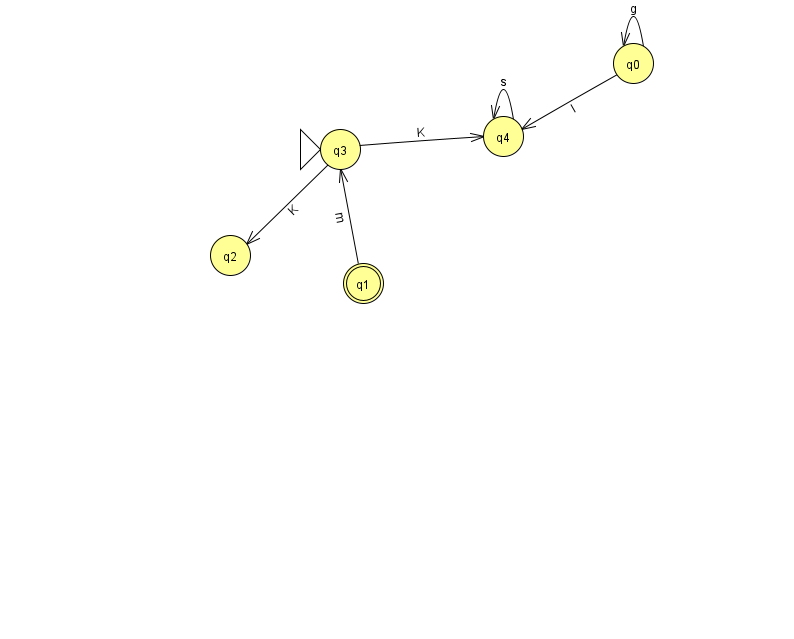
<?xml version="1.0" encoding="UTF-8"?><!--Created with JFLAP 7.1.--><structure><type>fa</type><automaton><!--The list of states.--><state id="0" name="q0"><x>633.0</x><y>50.0</y></state><state id="1" name="q1"><x>363.0</x><y>270.0</y><final/></state><state id="2" name="q2"><x>230.0</x><y>242.0</y></state><state id="3" name="q3"><x>340.0</x><y>136.0</y><initial/></state><state id="4" name="q4"><x>503.0</x><y>123.0</y></state><!--The list of transitions.--><transition><from>1</from><to>3</to><read>m</read></transition><transition><from>4</from><to>4</to><read>s</read></transition><transition><from>3</from><to>2</to><read>K</read></transition><transition><from>0</from><to>0</to><read>g</read></transition><transition><from>3</from><to>4</to><read>K</read></transition><transition><from>0</from><to>4</to><read>I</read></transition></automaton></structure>